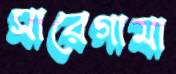
সারেগামা